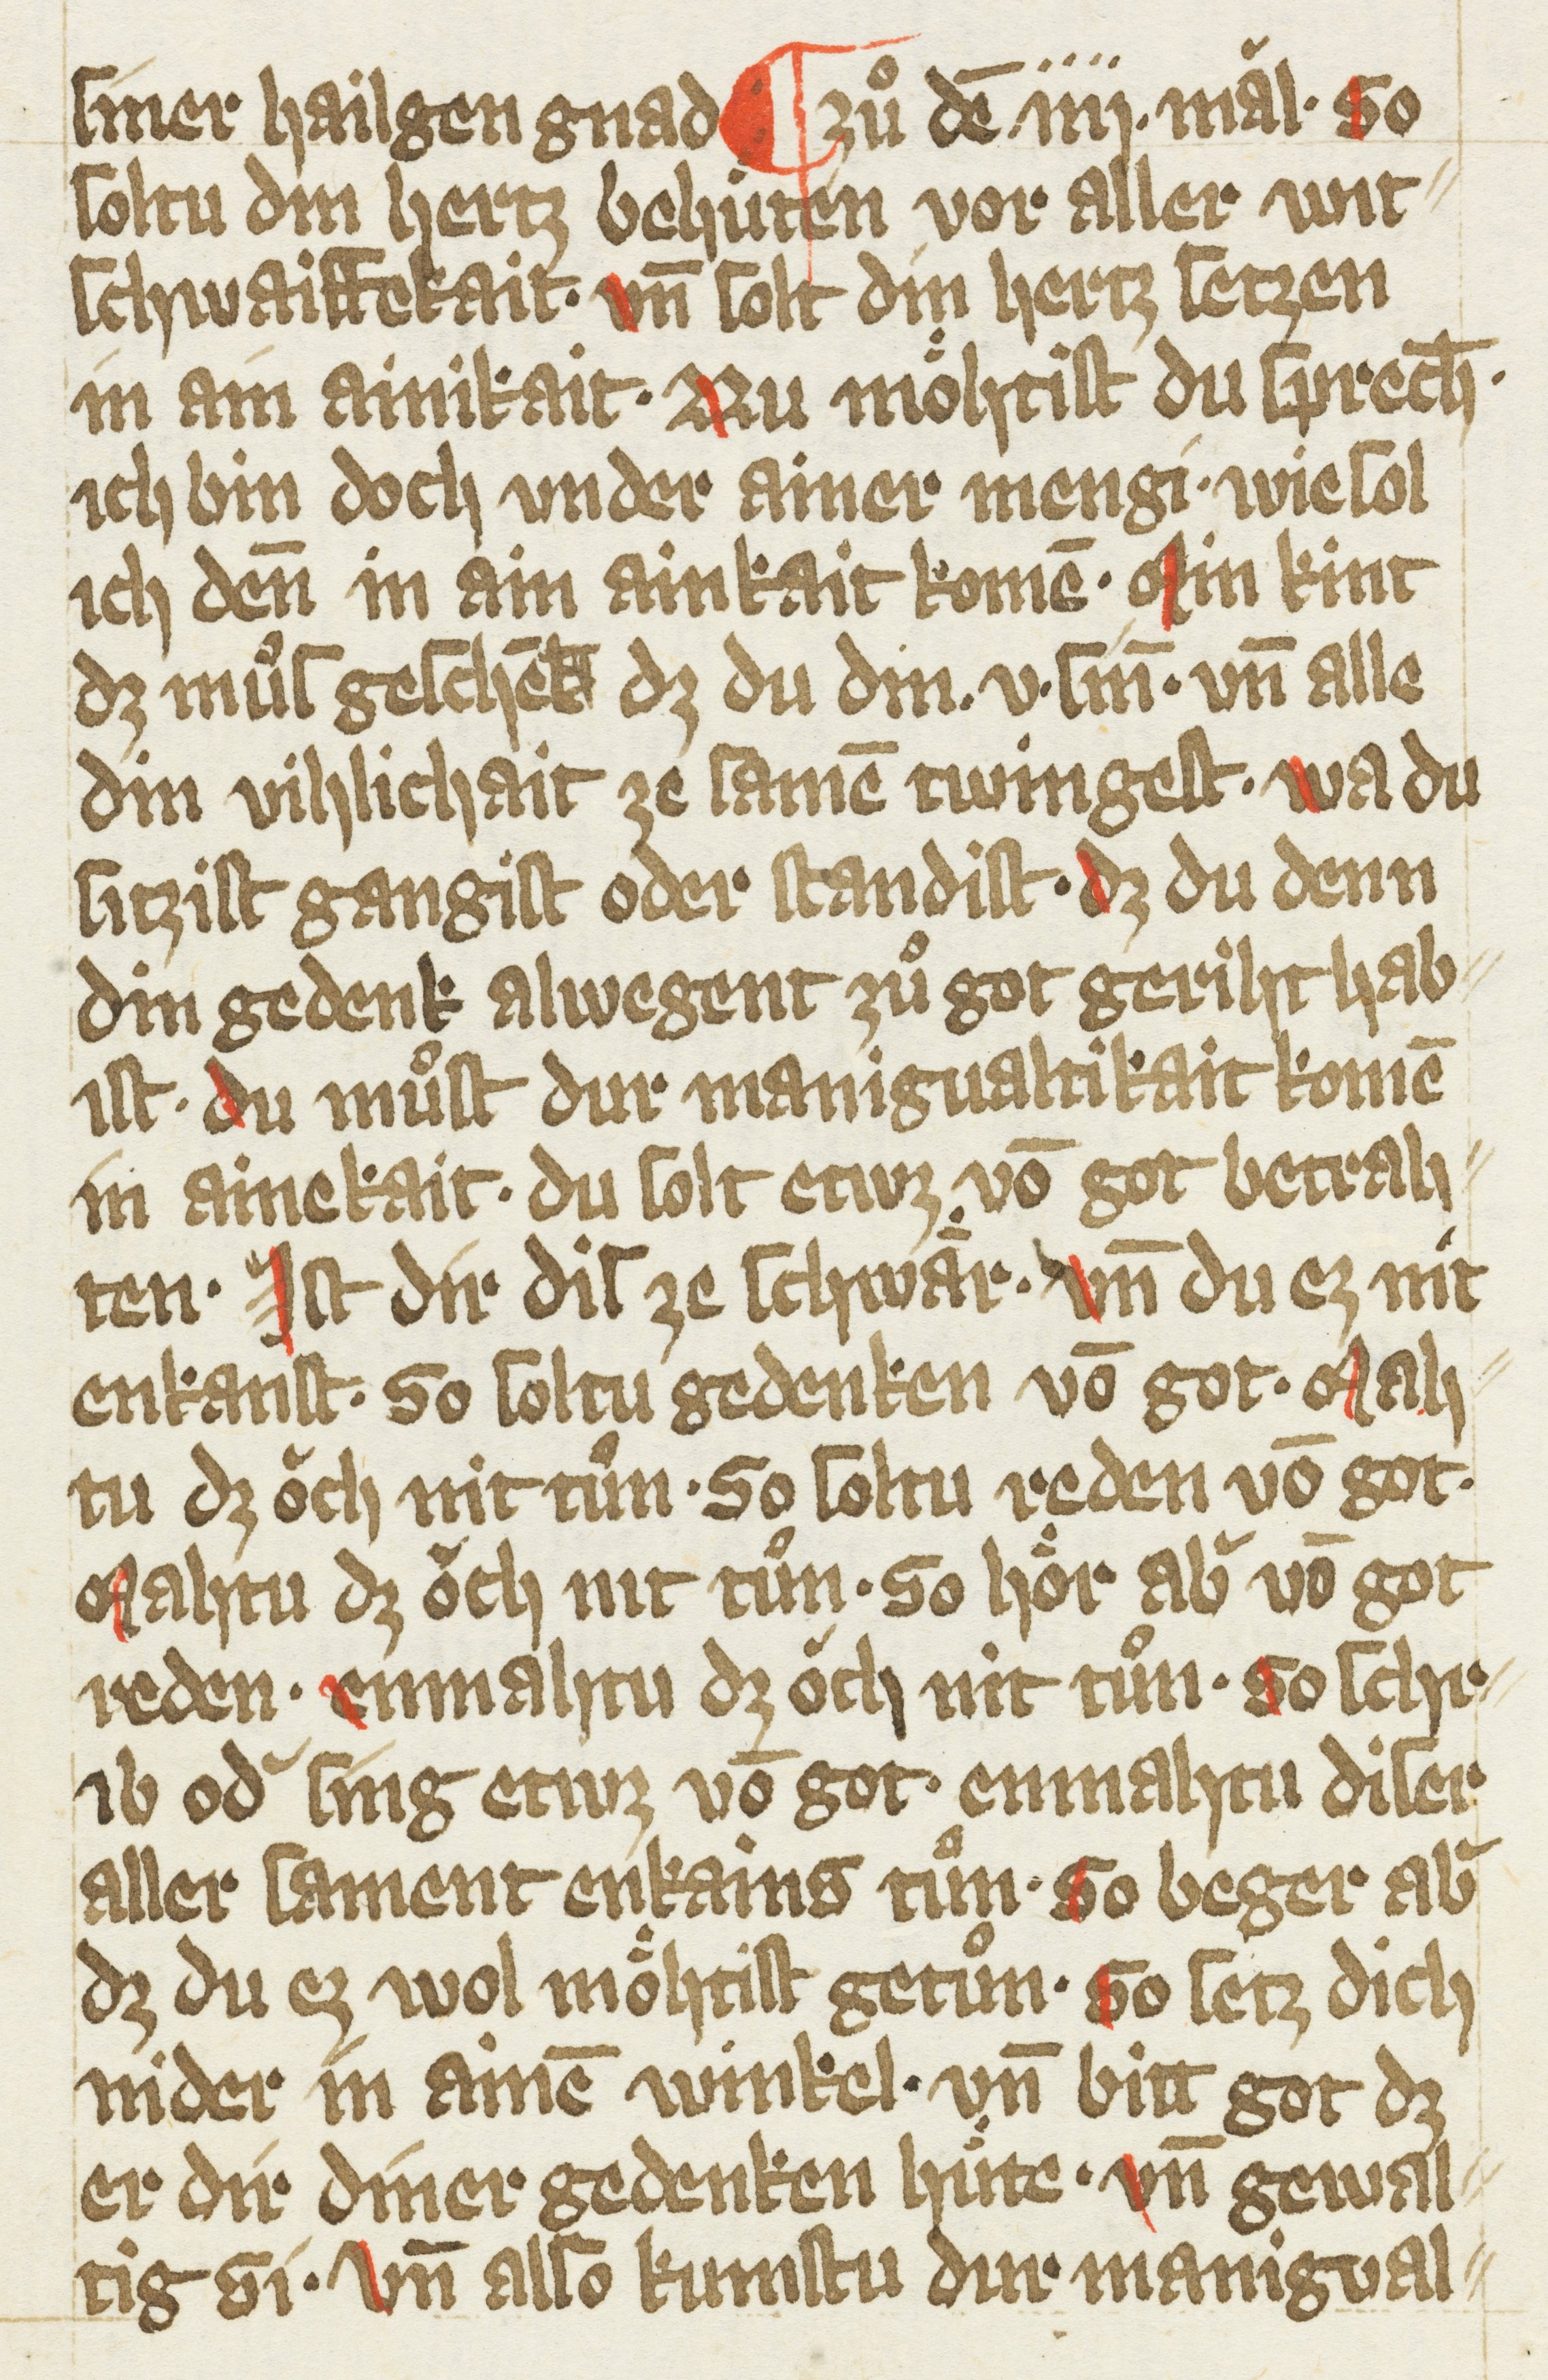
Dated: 1385–1415